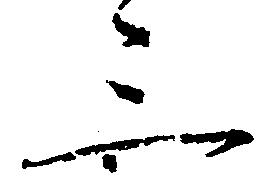
三